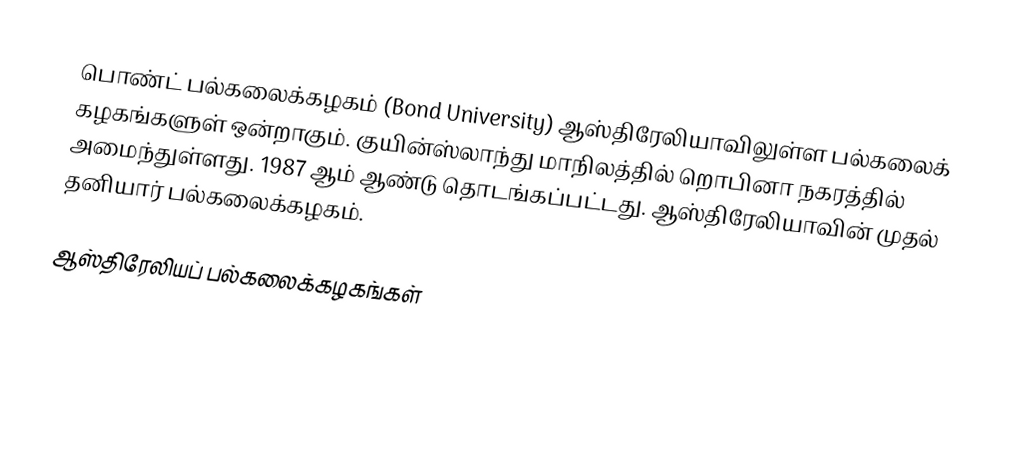
பொண்ட் பல்கலைக்கழகம் (Bond University) ஆஸ்திரேலியாவிலுள்ள பல்கலைக் கழகங்களுள் ஒன்றாகும். குயின்ஸ்லாந்து மாநிலத்தில் றொபினா நகரத்தில் அமைந்துள்ளது. 1987 ஆம் ஆண்டு தொடங்கப்பட்டது. ஆஸ்திரேலியாவின் முதல் தனியார் பல்கலைக்கழகம்.

ஆஸ்திரேலியப் பல்கலைக்கழகங்கள்